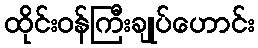
ထိုင်းဝန်ကြီးချုပ်ဟောင်း